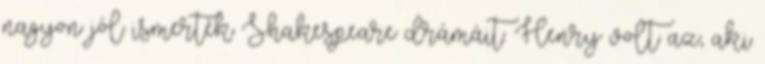
nagyon jól ismerték Shakespeare drámáit. Henry volt az, aki